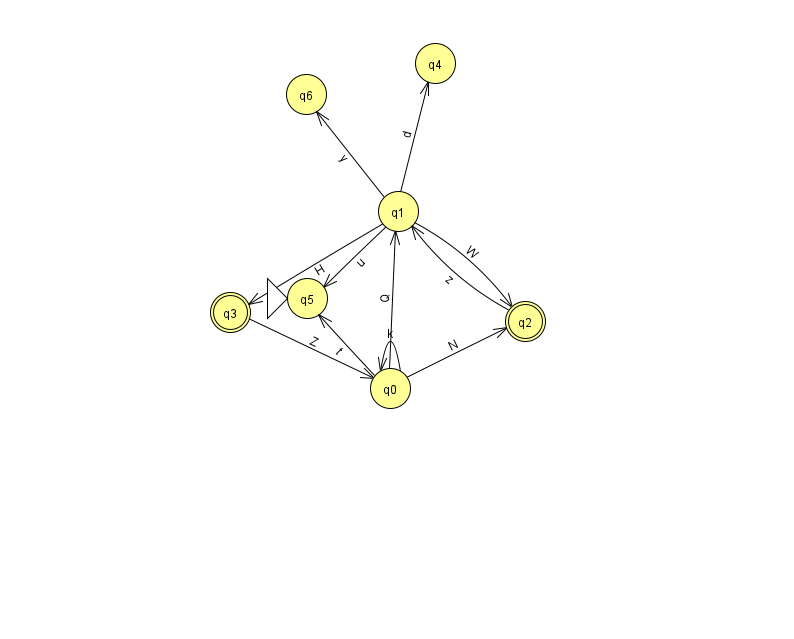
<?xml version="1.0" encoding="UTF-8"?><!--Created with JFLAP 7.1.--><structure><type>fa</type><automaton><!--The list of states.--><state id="0" name="q0"><x>390.0</x><y>375.0</y></state><state id="1" name="q1"><x>398.0</x><y>198.0</y></state><state id="2" name="q2"><x>525.0</x><y>308.0</y><final/></state><state id="3" name="q3"><x>230.0</x><y>299.0</y><final/></state><state id="4" name="q4"><x>435.0</x><y>50.0</y></state><state id="5" name="q5"><x>307.0</x><y>285.0</y><initial/></state><state id="6" name="q6"><x>306.0</x><y>81.0</y></state><!--The list of transitions.--><transition><from>0</from><to>1</to><read>Q</read></transition><transition><from>1</from><to>2</to><read>W</read></transition><transition><from>3</from><to>0</to><read>Z</read></transition><transition><from>1</from><to>5</to><read>u</read></transition><transition><from>1</from><to>6</to><read>y</read></transition><transition><from>0</from><to>0</to><read>k</read></transition><transition><from>0</from><to>2</to><read>N</read></transition><transition><from>2</from><to>1</to><read>z</read></transition><transition><from>0</from><to>5</to><read>t</read></transition><transition><from>1</from><to>3</to><read>H</read></transition><transition><from>1</from><to>4</to><read>d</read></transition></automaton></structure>